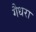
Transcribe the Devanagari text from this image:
गैधरा